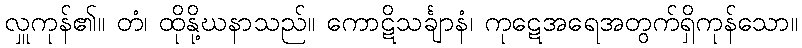
လှူကုန်၏။ တံ၊ ထိုနို့ဃနာသည်။ ကောဋိသင်္ချာနံ၊ ကုဋေအရေအတွက်ရှိကုန်သော။